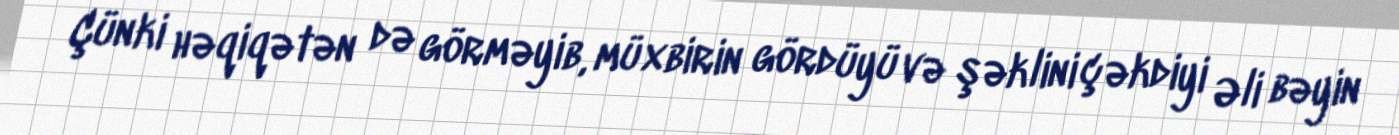
Çünki həqiqətən də görməyib, müxbirin gördüyü və şəklini çəkdiyi Əli bəyin